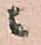
ニ